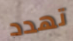
تهدد